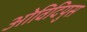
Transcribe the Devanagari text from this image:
ओविदियुस